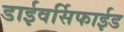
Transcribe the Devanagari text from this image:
डाईवर्सिफाईड